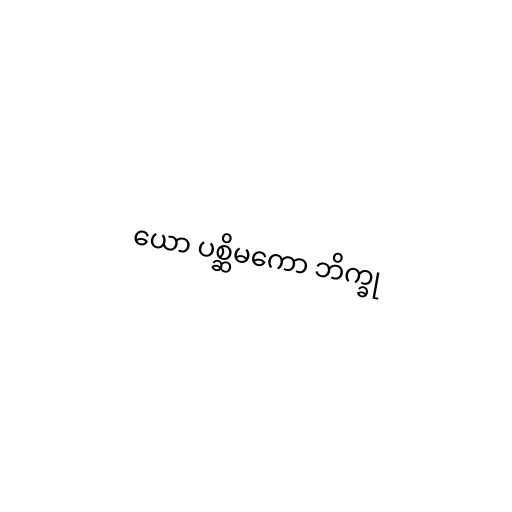
ယော ပစ္ဆိမကော ဘိက္ခု